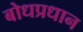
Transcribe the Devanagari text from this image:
बोधप्रधान